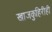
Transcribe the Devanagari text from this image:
खाजकुहिरीही